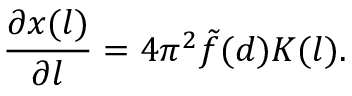
\frac { \partial x ( l ) } { \partial l } = 4 \pi ^ { 2 } \tilde { f } ( d ) K ( l ) .